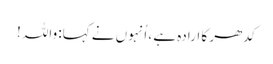
کدھر کا ارادہ ہے ، اُنہوں نے کہا: واللہ !